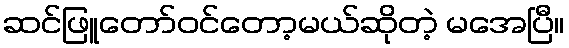
ဆင်ဖြူတော်ဝင်တော့မယ်ဆိုတဲ့ မအေပြီ။